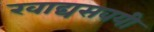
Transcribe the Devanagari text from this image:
खाद्यसवयी